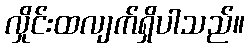
လှိုင်းထလျက်ရှိပါသည်။